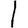
Digit: 1